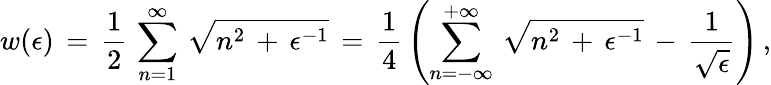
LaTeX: w(\epsilon)\, =\, \frac{1}{2}\, \sum_{n=1}^{\infty}\, \sqrt{n^{2}\, +\, \epsilon^{-1}}\, =\, \frac{1}{4}\, \left(\sum_{n=-\infty}^{+\infty}\, \sqrt{n^{2}\, +\, \epsilon^{-1}}\, -\, \frac{1}{\sqrt{\epsilon}}\right)\, {,}